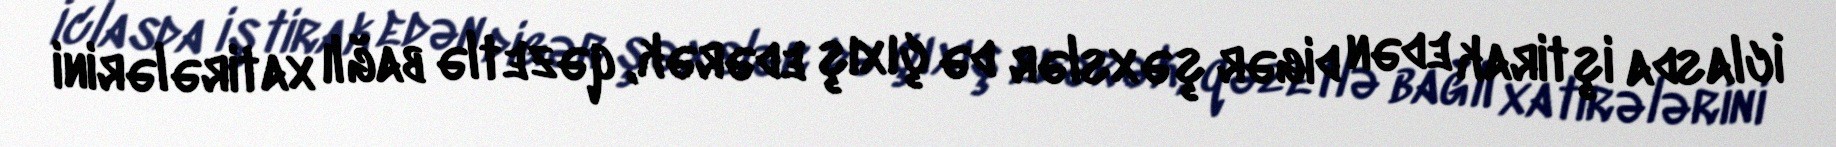
İclasda iştirak edən digər şəxslər də çıxış edərək, qəzetlə bağlı xatirələrini